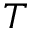
T